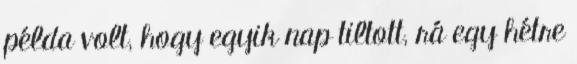
példa volt, hogy egyik nap tiltott, rá egy hétre